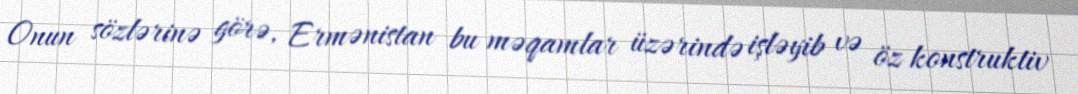
Onun sözlərinə görə, Ermənistan bu məqamlar üzərində işləyib və öz konstruktiv